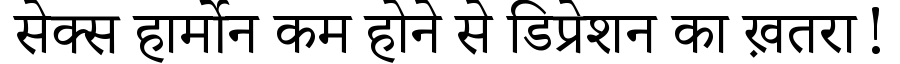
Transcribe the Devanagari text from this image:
सेक्स हार्मोन कम होने से डिप्रेशन का ख़तरा!